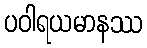
ပဝါရယမာနဿ